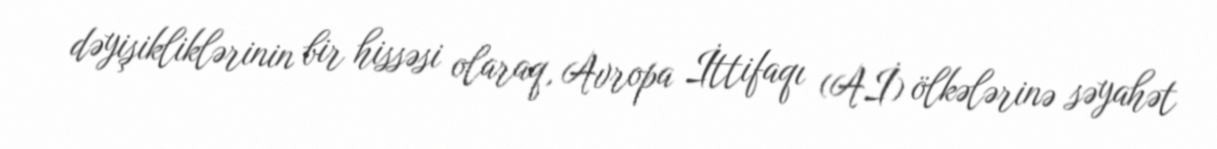
dəyişikliklərinin bir hissəsi olaraq, Avropa İttifaqı (Aİ) ölkələrinə səyahət